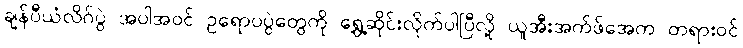
ချန်ပီယံလိဂ်ပွဲ အပါအဝင် ဥရောပပွဲတွေကို ရွှေ့ဆိုင်းလိုက်ပါပြီလို့ ယူအီးအက်ဖ်အေက တရားဝင်